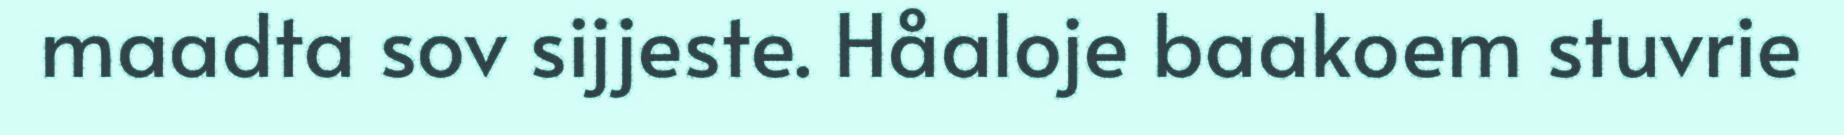
maadta sov sijjeste. Håaloje baakoem stuvrie